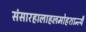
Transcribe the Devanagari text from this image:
संसारहालाहलमोहशान्त्यै